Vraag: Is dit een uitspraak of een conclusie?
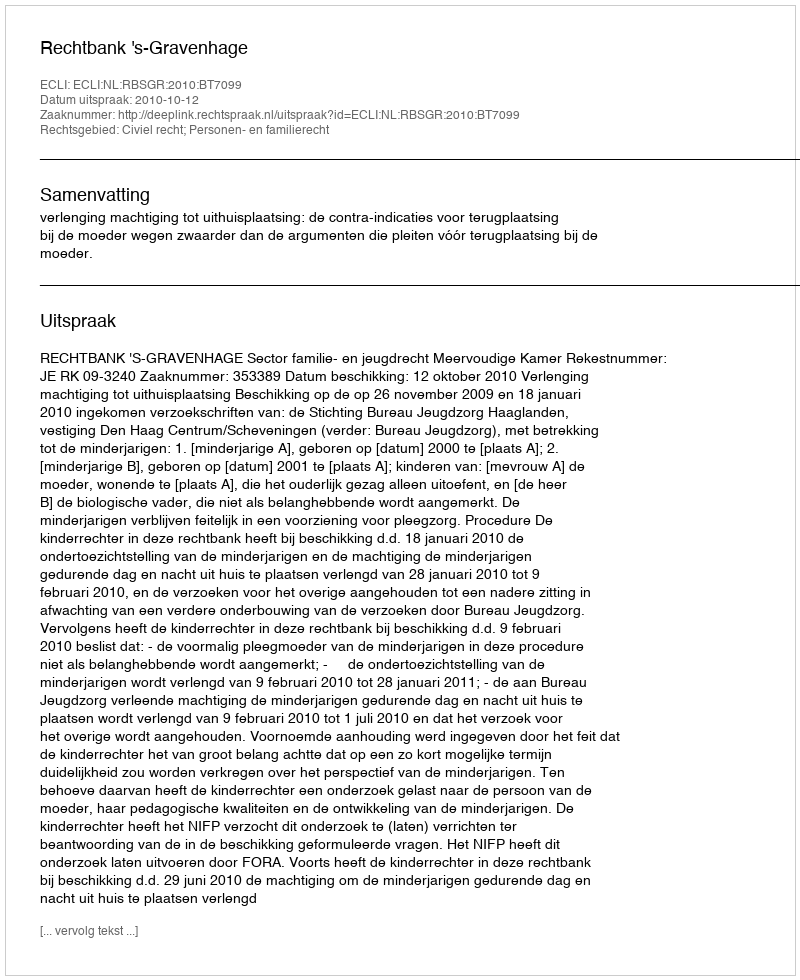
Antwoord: Uitspraak